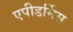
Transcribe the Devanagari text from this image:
एपीडर्मिस